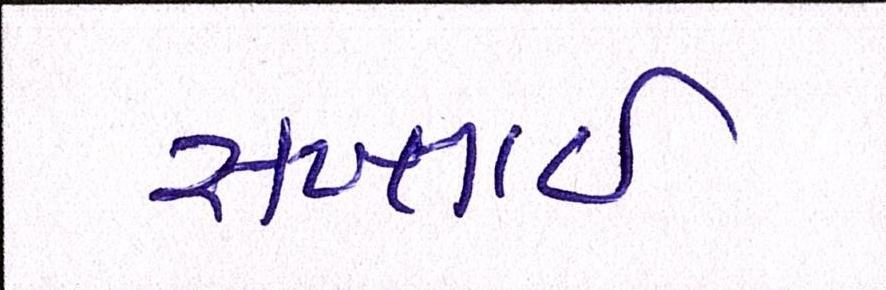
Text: સખ્તાઈ